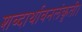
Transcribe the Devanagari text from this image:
शब्दार्थावनलंकृती।